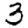
Digit: 3